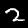
Digit: 2